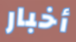
أخبار